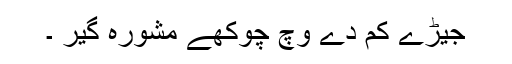
جیڑے کم دے وچ چوکھے مشورہ گیر ۔